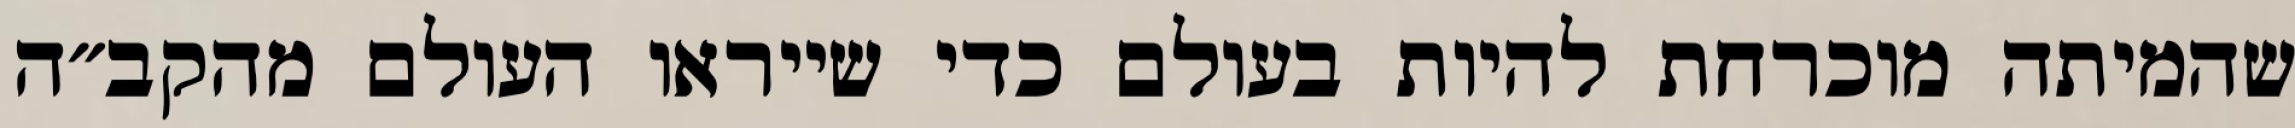
שהמיתה מוכרחת להיות בעולם כדי שייראו העולם מהקב״ה